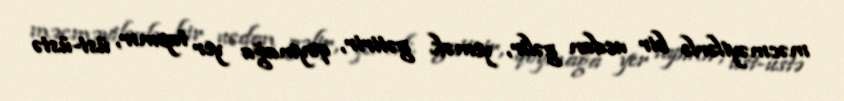
məcməyilərlə bir ucdan gəlir, yemək gətirir, qoymağa yer tapmır, üst-üstə